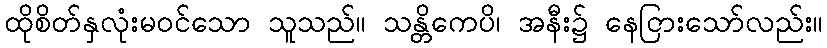
ထိုစိတ်နှလုံးမဝင်သော သူသည်။ သန္တိကေပိ၊ အနီး၌ နေငြားသော်လည်း။